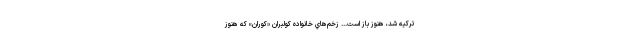
تركيه شد، هنوز باز است... زخم‌هاي خانواده كولبران «كوران» كه هنوز